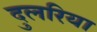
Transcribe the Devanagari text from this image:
दुलरिया